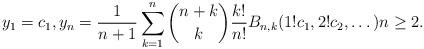
LaTeX: \begin{align*} y_1=c_1,y_n =\frac{1}{n+1} \sum_{k=1}^{n} \binom{n+k}{k}\frac{k!}{n!} B_{n,k}(1!c_1,2!c_2,\dots) n\ge 2.\end{align*}